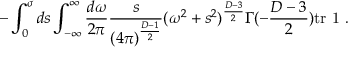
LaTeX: - \int _ { 0 } ^ { \sigma } d s \int _ { - \infty } ^ { \infty } \frac { d \omega } { 2 \pi } \frac { s } { ( 4 \pi ) ^ { \frac { D - 1 } { 2 } } } ( \omega ^ { 2 } + s ^ { 2 } ) ^ { \frac { D - 3 } { 2 } } \Gamma ( - \frac { D - 3 } { 2 } ) \mathrm { t r } \mathrm { \boldmath ~ 1 ~ } .